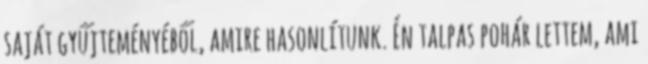
saját gyűjteményéből, amire hasonlítunk. Én talpas pohár lettem, ami